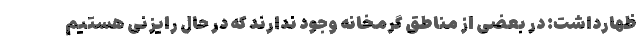
ظهارداشت: در بعضی از مناطق گرمخانه وجود ندارند که در حال رایزنی هستیم